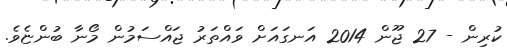
ކުރިން - 27 ޖޫން 2014 އަނގައަށް ވައްތަރު ޖައްސަމުން މޯނާ ބުންޏެވެ.